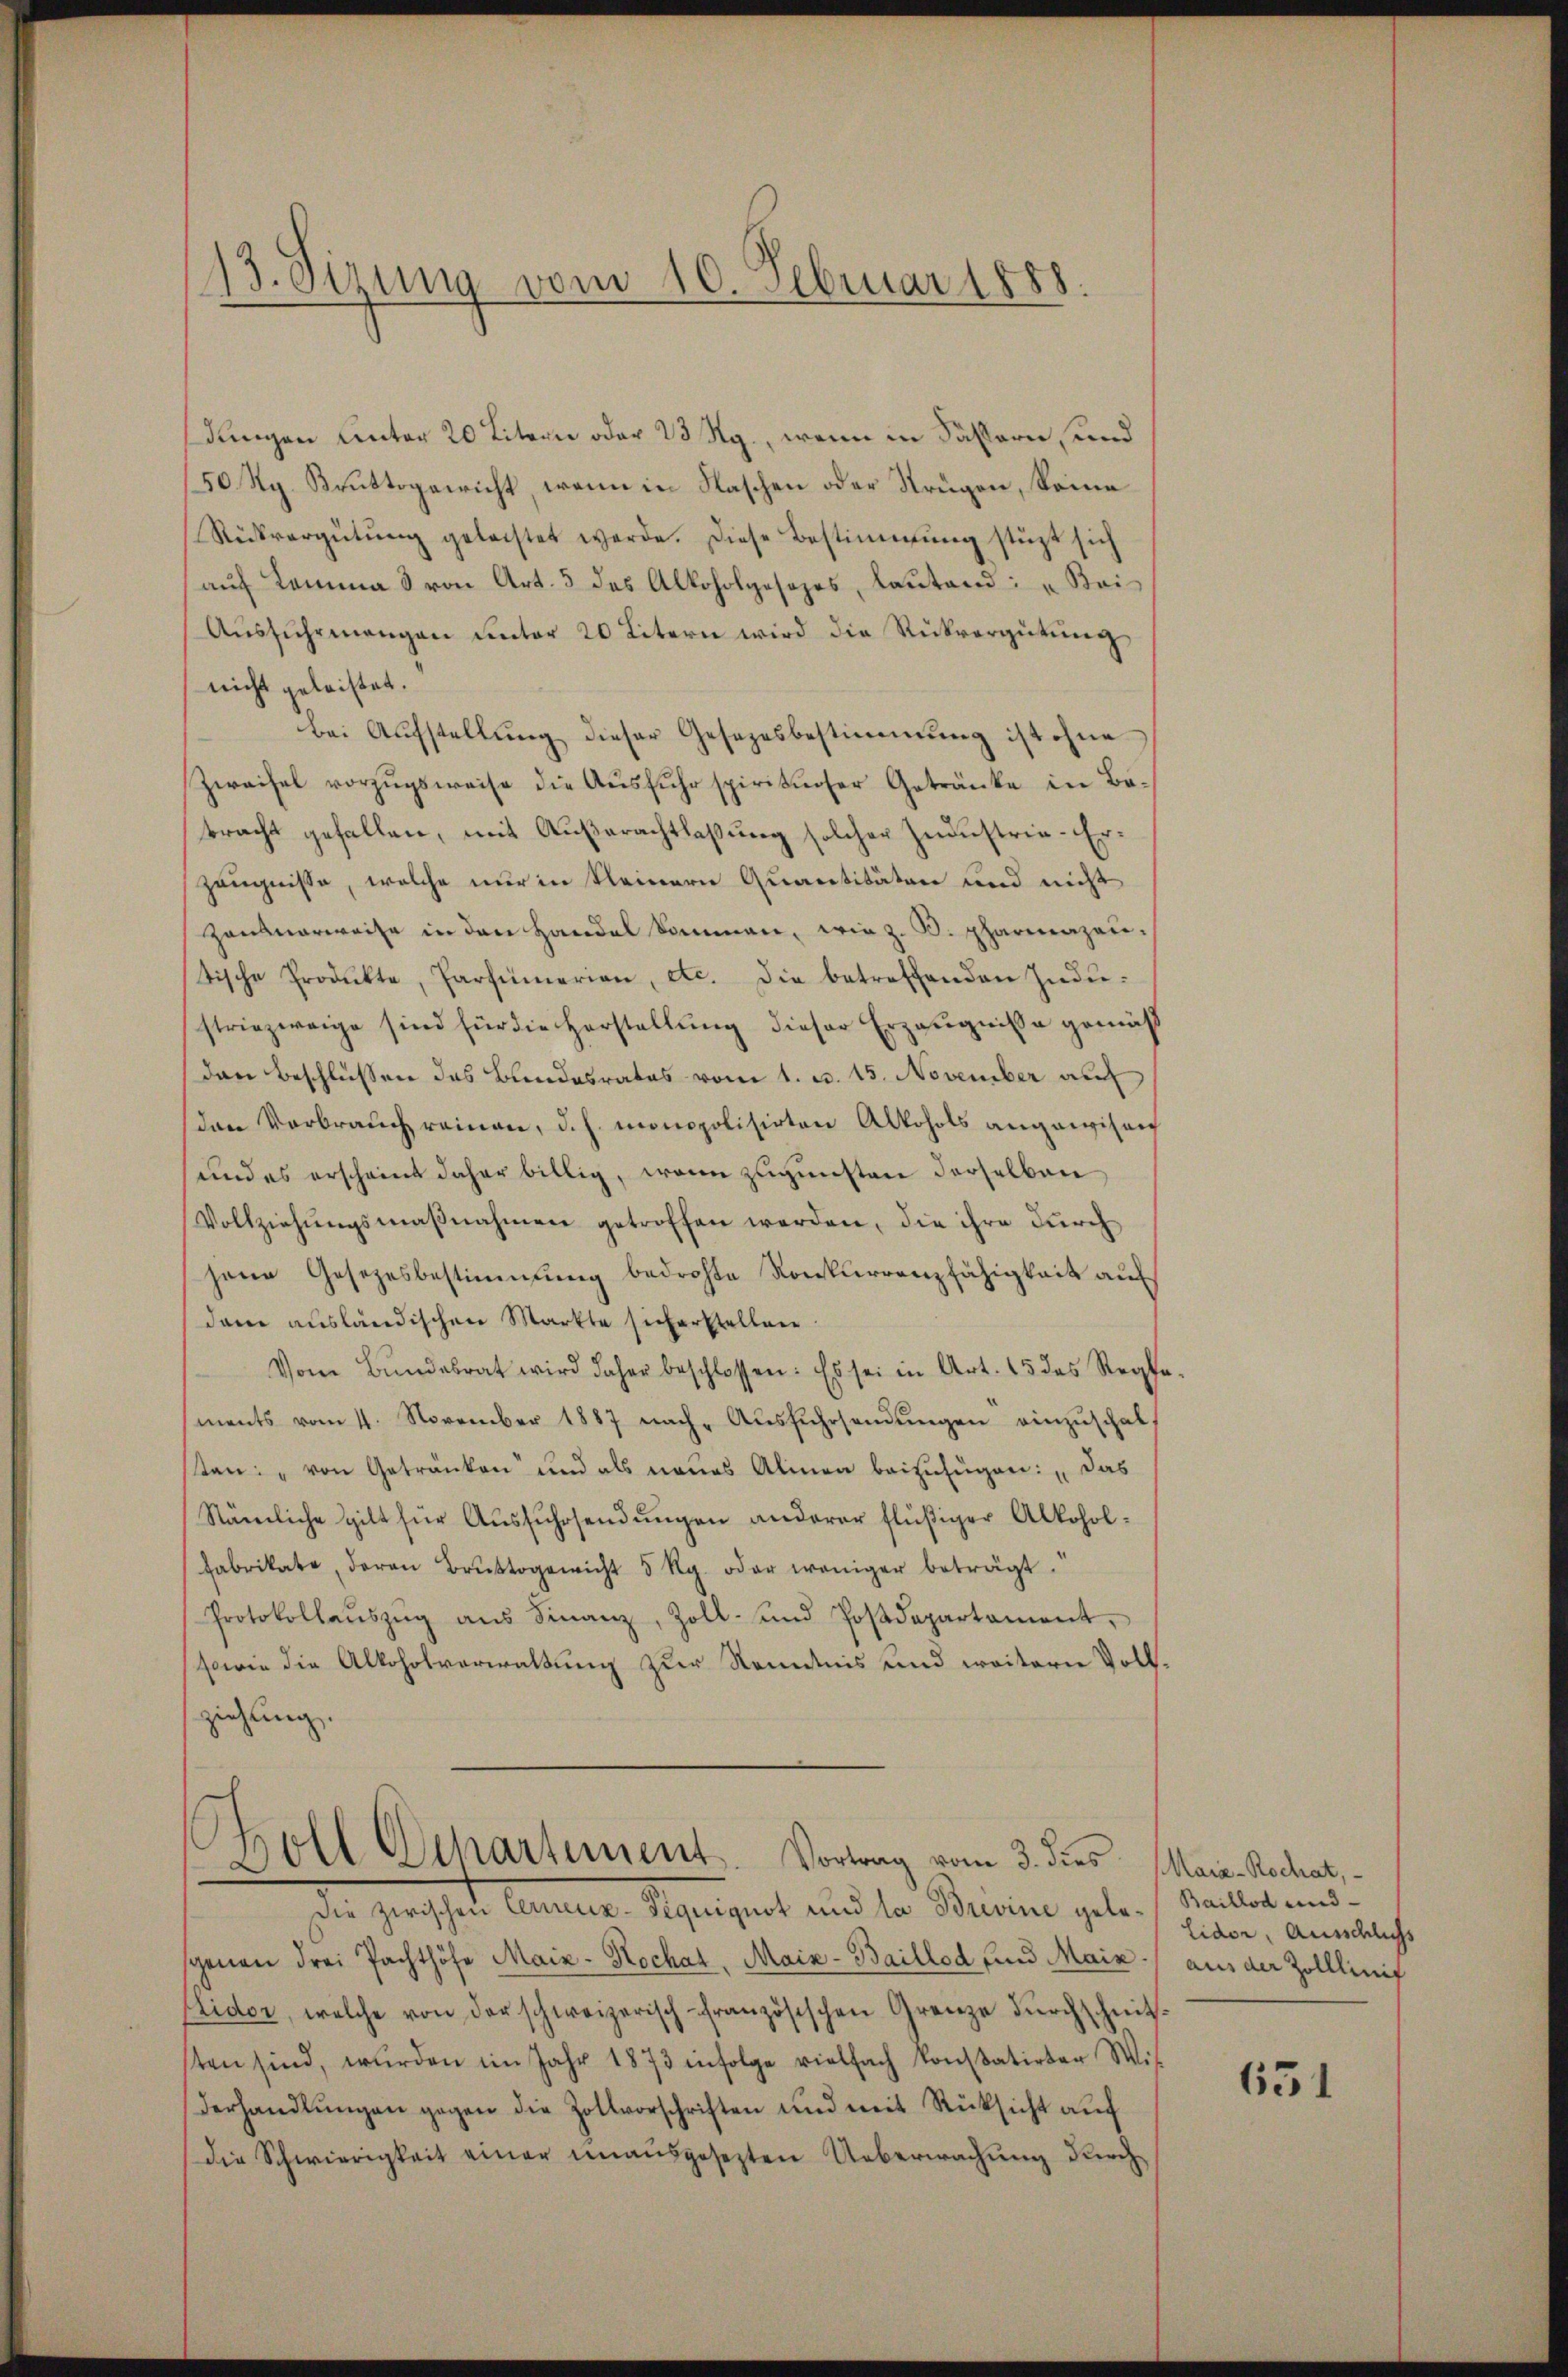
13. Sizung vom 10. Februar 1888.

dungen Unter 20 Litern oder 23 Rg., wenn in Fässern, und
150 Rg. Bruttogericht, wenn in Flaschen oder Strügen, Sonne
Rückvergütŭng geleistet werde. Diese Bestimmung stüzt sich
auf Komma 3 von Art. 5 des Alkoholgesezes, lautend: „Kei¬
Aŭsfŭhrmangen ŭnter 20 Litern wird die Rückvergütŭng
nicht geleistet.
bei Aŭfstellŭng dieser Gesezesbestimmung ist ohne
Zweifel vorzŭgsweise die Aŭsfŭhr spirituoser Getränke in Be-
tracht gefallen, mit Außerachtlaßung solcher Industrie-Erzeugnisse, welche nur in kleinern Quantitäten und nicht
Hausverweise in den Handel kommen, wie z. B. Pharmazen.
tische Produkte, Parfŭmerian, etc. die betreffenden Indi-
striezweige sind für die Herstellung dieser Erzeugnisse gemäß
den Beschlüßen das Bundesrates vom 1. c. 15. November au
den Verbrauch reinen, d. h. monopolisirten Alkohols angewisen
und es erscheint daher billig, wenn zugunsten derselben
Vollziehŭngsmaβnahmen getroffen werden, die ihre durch
jene Gesetzesbestimmung bedrohte Konkurrenzfähigkeit auf
dam ausländischen Markte sich erstellen
Vom Bŭndesrat wird daher beschlossen: Es sei in Art. 15 des Reg.
ments vom 4. November 1887 nach- Aŭsfŭhrsendŭngen einzuschalsten: „von Getränken und als neues Alinen beizufügen: „das
Stämliche gilt für Ausfuhrsendungen anderer flüßiger Alkohol¬
Fabrikate, daran Brŭttogewicht 5 Rp. oder weniger beträgt.
Protokollaŭszŭg aŭs Finanz, Zoll- und Postdepartament,
sowie die Alkoholverwaltung zur Kenntnis und weitere Voll
ziehung.

holl Departement. Vortrag vom 3. dies Maia-Rochat,

Die zwischen Cerneux-Piquiguot und la Brevine gelesgenen drei Pachthöfe Maiz-Hochat. Mais-Baillod und Maix.
Elidor, welche von der schweizerisch französischen Grenze dŭrchschnit
sten sind, wurden im Jahr 1873 infolge vielfach konstatirter Wit
derhandlŭngen gegen die Zollvorschriften und mit Rücksicht auf
die Schwierigkeit einer ŭnaŭsgesezten Ueberwachŭng durch

Baillod und
Lidor, Ausschlichs
aus der Zolllinif

651